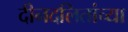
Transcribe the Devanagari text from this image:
दीनदलितांच्या